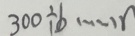
3 0 0 \div b \cdots r